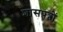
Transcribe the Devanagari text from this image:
शासपत्रों